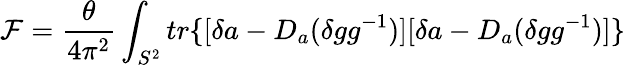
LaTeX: {\cal F}=\frac{\theta}{4\pi^{2}}\int_{S^{2}}tr\{ [\delta a-D_{a}(\delta gg^{-1})][\delta a-D_{a}(\delta gg^{-1})]\}